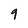
Character: 9